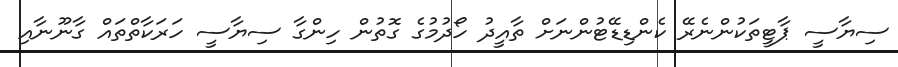
ސިޔާސީ ޕާޓީތަކުންނެރޭ ކެންޑިޑޭޓުންނަށް ތާއީދު ހޯދުމުގެ ގޮތުން ހިންގާ ސިޔާސީ ހަރަކާތްތައް ގާނޫނާއި